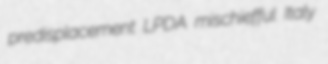
predisplacement LPDA mischiefful Italy